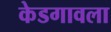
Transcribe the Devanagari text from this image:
केडगावला